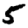
Digit: 5